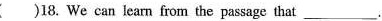
( )18. We can learn from the passage that ___